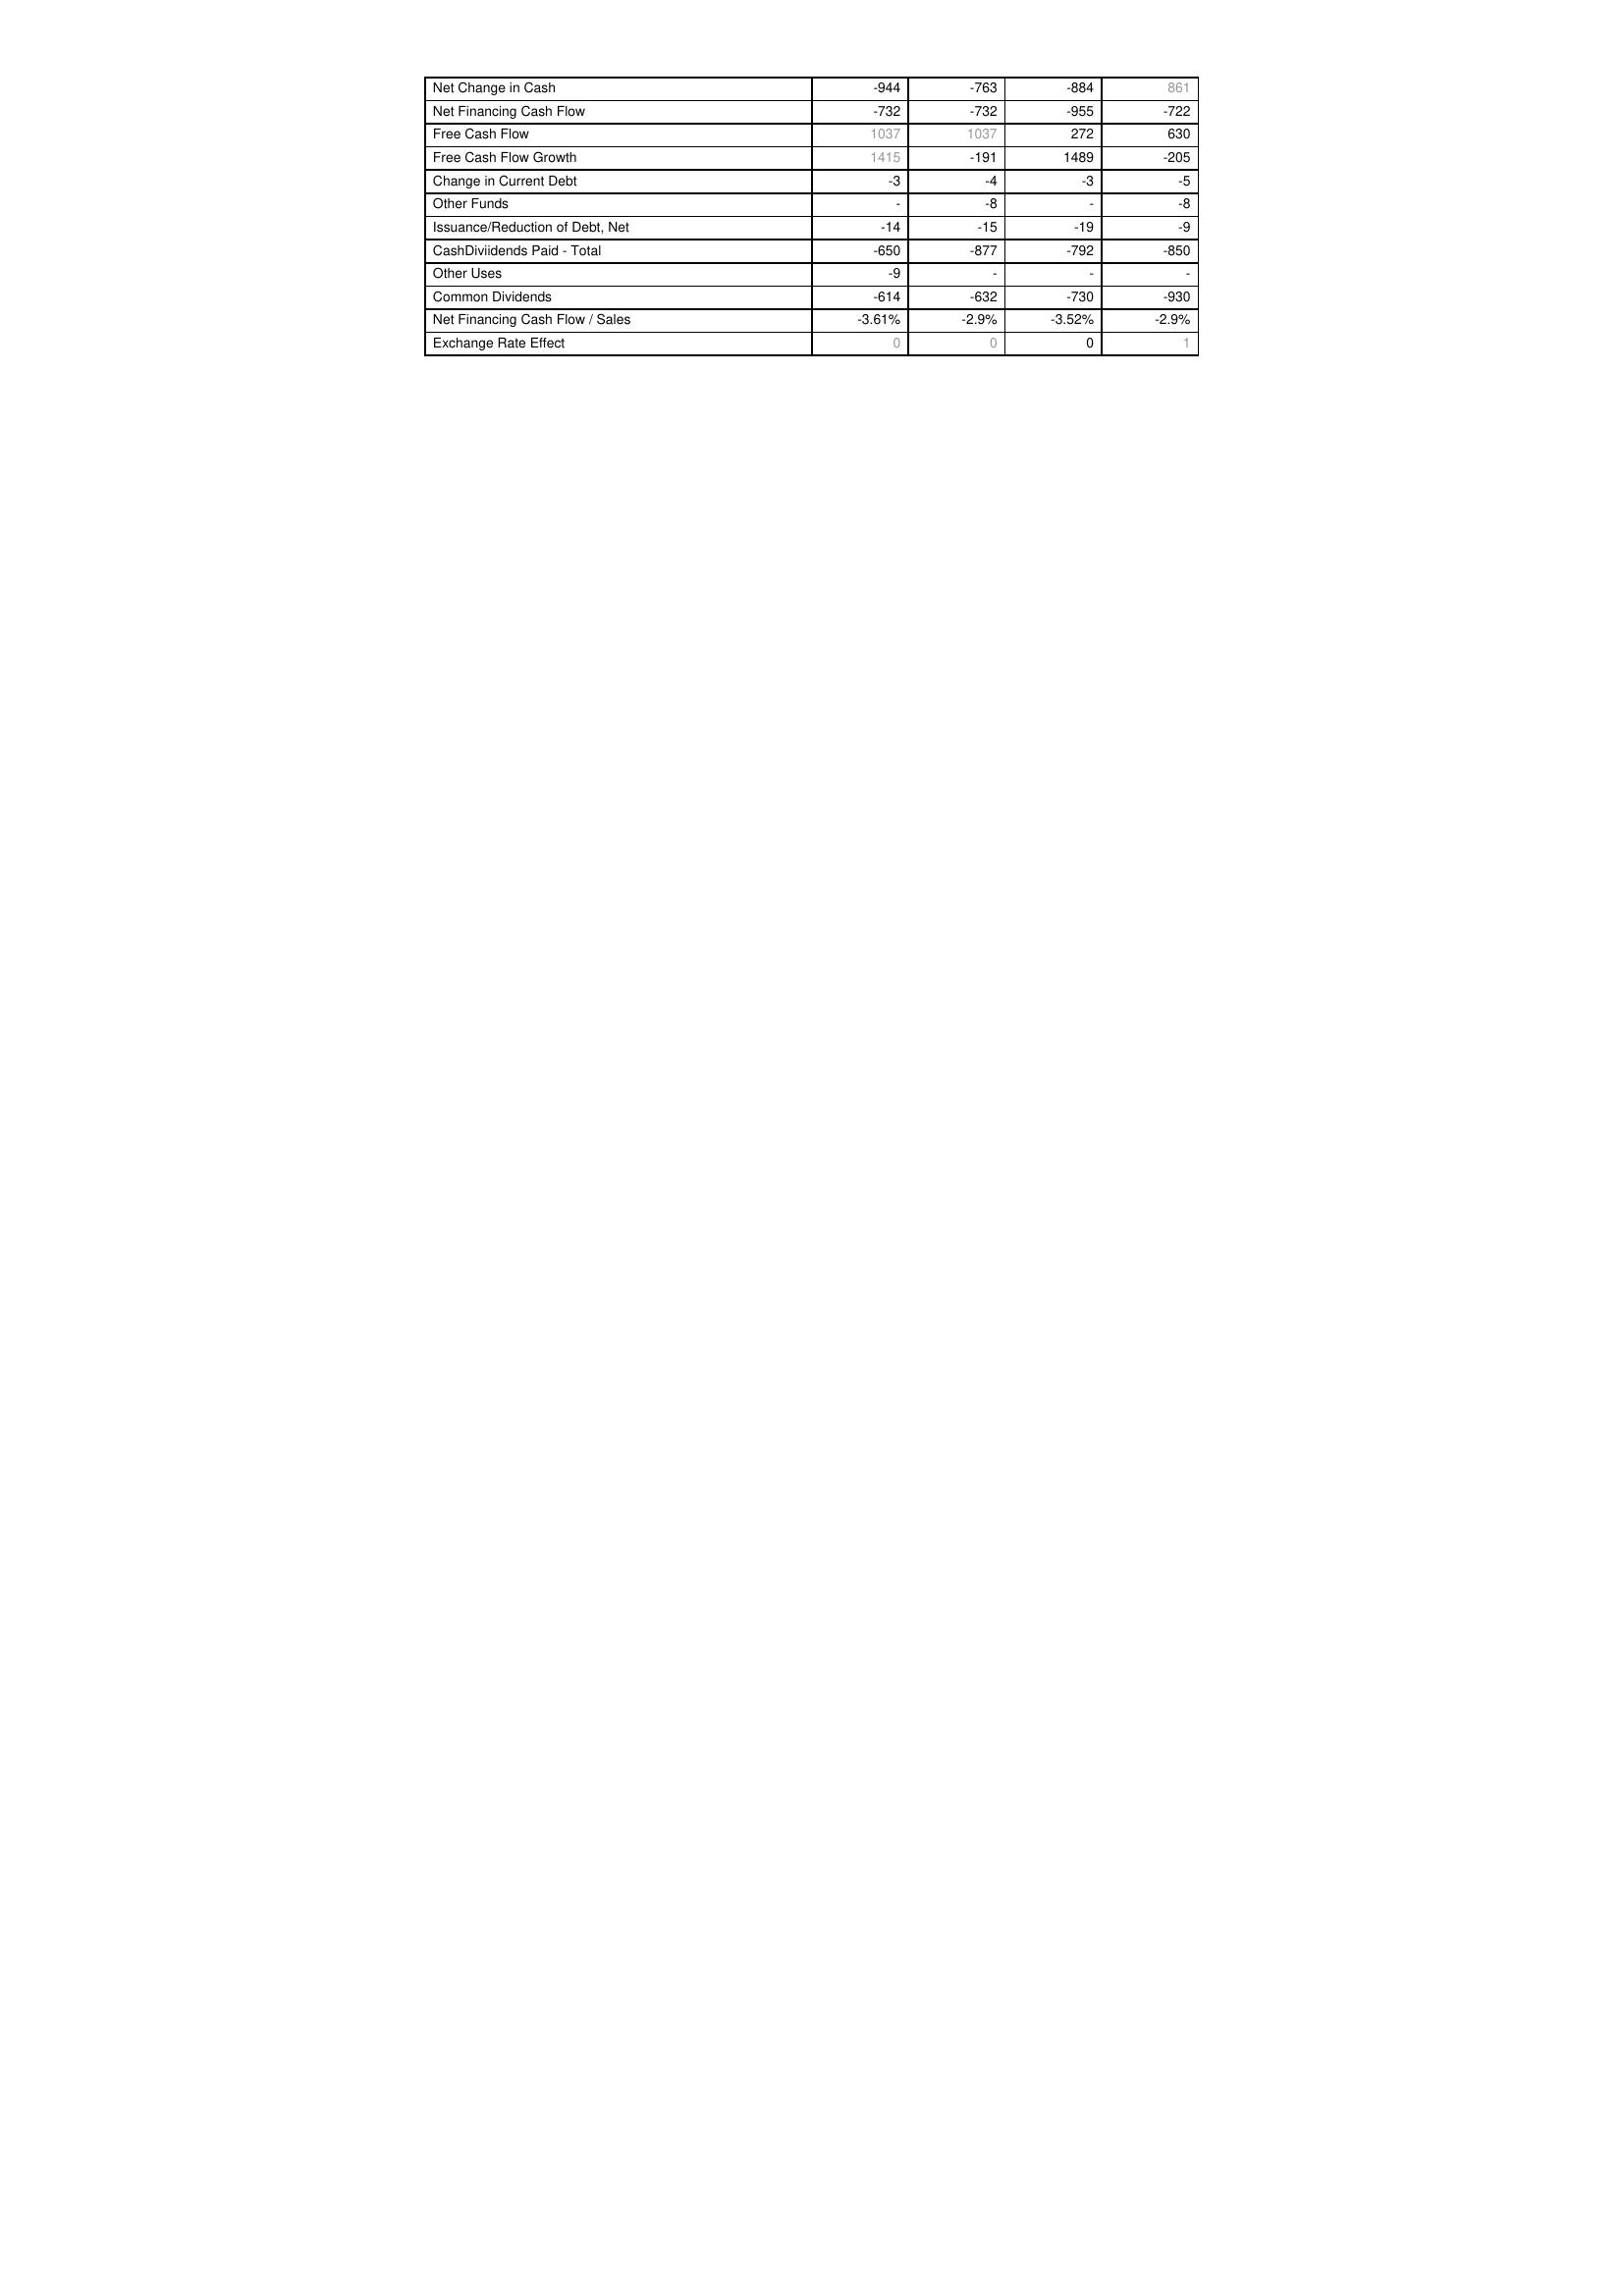
2011: Financing Activities: Net Change in Cash: -944
Net Financing Cash Flow: -732
Free Cash Flow: 1037
Free Cash Flow Growth: 1415
Change in Current Debt: -3
Other Funds: -
Issuance/Reduction of Debt, Net: -14
CashDiviidends Paid - Total: -650
Other Uses: -9
Common Dividends: -614
Net Financing Cash Flow / Sales: -3.61%
Exchange Rate Effect: 0
2012: Financing Activities: Net Change in Cash: -763
Net Financing Cash Flow: -732
Free Cash Flow: 1037
Free Cash Flow Growth: -191
Change in Current Debt: -4
Other Funds: -8
Issuance/Reduction of Debt, Net: -15
CashDiviidends Paid - Total: -877
Other Uses: -
Common Dividends: -632
Net Financing Cash Flow / Sales: -2.9%
Exchange Rate Effect: 0
2013: Financing Activities: Net Change in Cash: -884
Net Financing Cash Flow: -955
Free Cash Flow: 272
Free Cash Flow Growth: 1489
Change in Current Debt: -3
Other Funds: -
Issuance/Reduction of Debt, Net: -19
CashDiviidends Paid - Total: -792
Other Uses: -
Common Dividends: -730
Net Financing Cash Flow / Sales: -3.52%
Exchange Rate Effect: 0
2014: Financing Activities: Net Change in Cash: 861
Net Financing Cash Flow: -722
Free Cash Flow: 630
Free Cash Flow Growth: -205
Change in Current Debt: -5
Other Funds: -8
Issuance/Reduction of Debt, Net: -9
CashDiviidends Paid - Total: -850
Other Uses: -
Common Dividends: -930
Net Financing Cash Flow / Sales: -2.9%
Exchange Rate Effect: 1